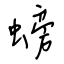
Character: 螃